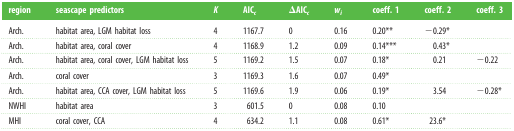
<table><thead><tr><td><b>region</b></td><td><b>seascape predictors</b></td><td><b><i>K</i></b></td><td><b>AIC<i><sub>c</sub></i></b></td><td><b>ΔAIC<i><sub>c</sub></i></b></td><td><b><i>w<sub>i</sub></i></b></td><td><b>coeff. 1</b></td><td><b>coeff. 2</b></td><td><b>coeff. 3</b></td></tr></thead><tbody><tr><td>Arch.</td><td>habitat area, LGM habitat loss</td><td>4</td><td>1167.7</td><td>0</td><td>0.16</td><td>0.20**</td><td>−0.29*</td><td></td></tr><tr><td>Arch.</td><td>habitat area, coral cover</td><td>4</td><td>1168.9</td><td>1.2</td><td>0.09</td><td>0.14***</td><td>0.43*</td><td></td></tr><tr><td>Arch.</td><td>habitat area, coral cover, LGM habitat loss</td><td>5</td><td>1169.2</td><td>1.5</td><td>0.07</td><td>0.18*</td><td>0.21</td><td>−0.22</td></tr><tr><td>Arch.</td><td>coral cover</td><td>3</td><td>1169.3</td><td>1.6</td><td>0.07</td><td>0.49*</td><td></td><td></td></tr><tr><td>Arch.</td><td>habitat area, CCA cover, LGM habitat loss</td><td>5</td><td>1169.6</td><td>1.9</td><td>0.06</td><td>0.19*</td><td>3.54</td><td>−0.28*</td></tr><tr><td>NWHI</td><td>habitat area</td><td>3</td><td>601.5</td><td>0</td><td>0.08</td><td>0.10</td><td></td><td></td></tr><tr><td>MHI</td><td>coral cover, CCA</td><td>4</td><td>634.2</td><td>1.1</td><td>0.08</td><td>0.61*</td><td>23.6*</td><td></td></tr></tbody></table>